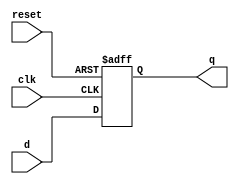
module D_FF(q, d, clk, reset);
	output q;
	input d, clk, reset;
	reg q;
	
	always @(posedge reset or negedge clk)
		if (reset)
			q <= 1'b0;
		else
			q <= d;

endmodule

module counter(q, d, clk, reset);
	input [0:1]d;
	input clk, reset;
	output [0:1]q;

	D_FF a(q[0],d[0],clk,reset);
	D_FF b(q[1],d[1],clk,reset);
endmodule

module inputFunction(q, x, clk, reset);
	output [0:1]q;
	input x, clk, reset;
	wire [0:1]d;
	wire xn, pre0, pre1, pre2, pre3, pre4, pre5;
	wire [0:1]qn;
	
	not not1(xn, x);
	not not2(qn[0],q[0]);
	not not3(qn[1],q[1]);
	
	not not4(d[0],q[0]);
	
	and and1(pre0, x, qn[1], qn[0]);
	and and2(pre1, xn, qn[1], q[0]);
	and and3(pre2, x, q[1], q[0]);
	and and4(pre3, xn, q[1], qn[0]);
	or or2(d[1], pre0, pre1, pre2, pre3);
	
	counter c(q, d, clk, reset);
endmodule

module outputFunction(outt, q, x, clk, reset);
	output [0:1]q;
	output outt; 
	input x, clk, reset;
	
	wire qn;
	
	inputFunction ifa(q, x, clk, reset);
	not not1(qn, q[1]);
	and and1(outt,x, qn, q[0]);
endmodule

module stimulus;
	wire [0:1]q;
	wire out;
	reg clk, reset, x;
	
	outputFunction of(out, q, x, clk, reset);
	
	initial
		begin
			reset = 1'b1;	
			clk = 1'b1;
			x = 1'b0;
			
		end
	
	initial
		begin
			#5 begin
				reset =1'b0;
			end
			
			#35 begin
				x = ~x;
			end
		end
		
	
	always
		#5 clk = ~clk;
		
	initial
		#80 $finish;
		
	initial
		$monitor ($time, " reset=%d x=%d q=%b out=%d", reset, x, q, out);
		
endmodule